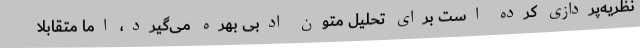
نظریه‌پردازی کرده است برای تحلیل متون ادبی بهره می‌گیرد، اما متقابلا